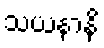
သယနာနိ